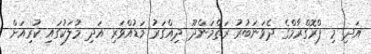
އަދި މި ޕްރޮގްރާމްގެ ދެވަނަބުރު ރަތްމަންދޫ ދިއްގަރު މަޑުއްވަރި އަދި މުލަކުގައި ކުރިއަށް